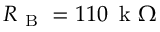
R _ { \mathrm { ~ B ~ } } = 1 1 0 \, \mathrm { ~ k ~ } \Omega